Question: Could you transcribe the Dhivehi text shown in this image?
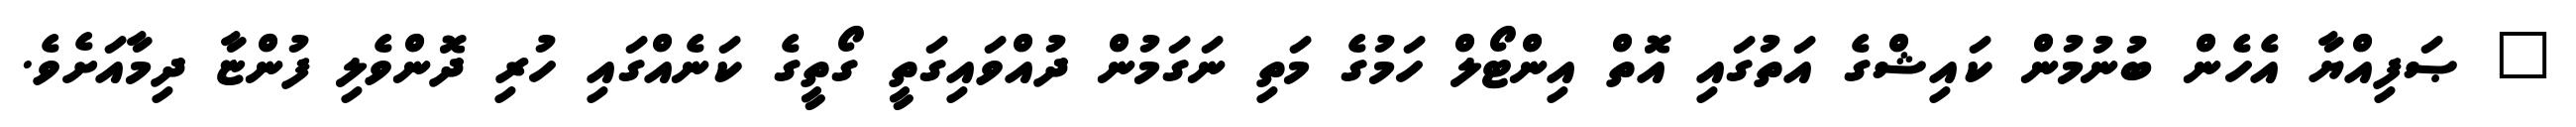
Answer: " ޞަފިއްޔާ އެހެން ބުނުމުން ކައިޝްގެ އަތުގައި އޮތް އިންޓޯލް ހަމުގެ މަތި ނަގަމުން ދުއްވައިގަތީ ގޯތީގެ ކަނެއްގައި ހުރި ދޮންވެލި ފުންޏާ ދިމާއަށެވެ.